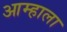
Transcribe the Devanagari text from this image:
आम्‍हाला